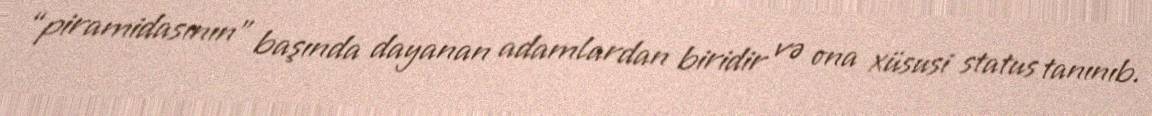
“piramidasının” başında dayanan adamlardan biridir və ona xüsusi status tanınıb.